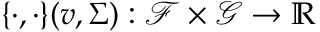
\{ \cdot , \cdot \} ( v , \Sigma ) : \mathcal { F } \times \mathcal { G } \to \mathbb { R }